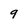
Character: 9